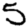
Digit: 5